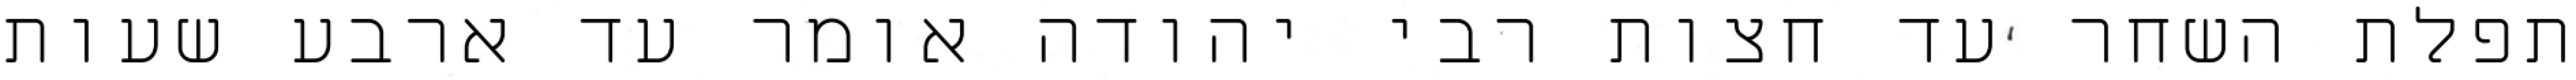
תפלת השחר עד חצות רבי יהודה אומר עד ארבע שעות